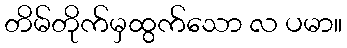
တိမ်တိုက်မှထွက်သော လ ပမာ။